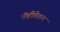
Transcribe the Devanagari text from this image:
नॅव्हीगेशन